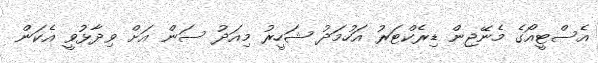
އެސްޓީއޯގެ މެނޭޖިން ޑިރެކްޓަރު އަހުމަދު ޝަހީރު މިއަދު ސަން އަށް ވިދާޅުވީ އެކަން